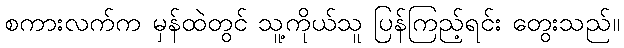
စကားလက်က မှန်ထဲတွင် သူ့ကိုယ်သူ ပြန်ကြည့်ရင်း တွေးသည်။